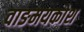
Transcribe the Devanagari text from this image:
वाङमयकोश